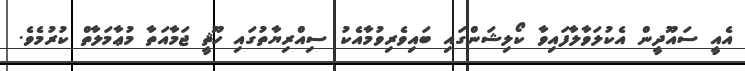
އެއީ ސައޫދީން އެކުލަވާލާފައިވާ ކޯލިޝަންގައި ބައިވެރިވުމާއެކު ސިއްރިޔާތުގައި ހޫޘީ ޖަމާއަތާ މުޢާމަލާތް ކުރުމެވެ.